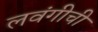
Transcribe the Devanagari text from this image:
लवंगीची